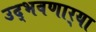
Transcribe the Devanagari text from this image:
उद्‌भवणार्‍या